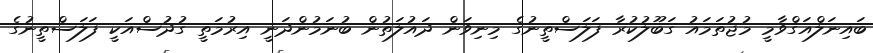
ބައިނަލްއަގްވާމީ މުޖުތަމައު ގަބޫލުކުރާ ފަލަސްތީނުގެ މިނިވަން ދައުލަތުން ބުނަމުންދަނީ އިރުމަތީ ގުދުސްއަކީ ފަލަސްތީނުގެ